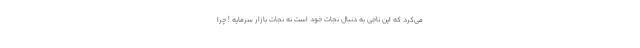
می‌کرد که این ناجی به دنبال نجات خود است نه نجات بازار سرمایه ! چرا